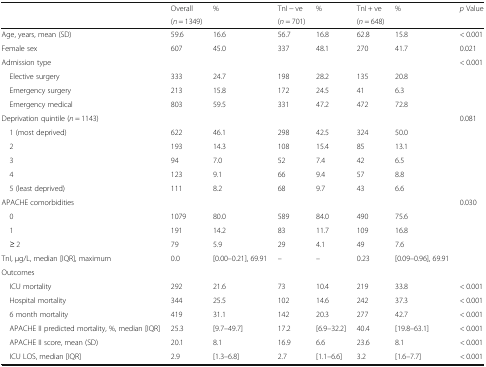
<table><thead><tr><td rowspan="2"></td><td><b>Overall</b></td><td><b>%</b></td><td><b>TnI − ve</b></td><td><b>%</b></td><td><b>TnI + ve</b></td><td><b>%</b></td><td rowspan="2"><b><i>p</i> Value</b></td></tr><tr><td><b>(<i>n</i> = 1349)</b></td><td></td><td><b>(<i>n</i> = 701)</b></td><td></td><td><b>(<i>n</i> = 648)</b></td><td></td></tr></thead><tbody><tr><td>Age, years, mean (SD)</td><td>59.6</td><td>16.6</td><td>56.7</td><td>16.8</td><td>62.8</td><td>15.8</td><td>&lt; 0.001</td></tr><tr><td>Female sex</td><td>607</td><td>45.0</td><td>337</td><td>48.1</td><td>270</td><td>41.7</td><td>0.021</td></tr><tr><td>Admission type</td><td></td><td></td><td></td><td></td><td></td><td></td><td>&lt; 0.001</td></tr><tr><td> Elective surgery</td><td>333</td><td>24.7</td><td>198</td><td>28.2</td><td>135</td><td>20.8</td><td rowspan="3"></td></tr><tr><td> Emergency surgery</td><td>213</td><td>15.8</td><td>172</td><td>24.5</td><td>41</td><td>6.3</td></tr><tr><td> Emergency medical</td><td>803</td><td>59.5</td><td>331</td><td>47.2</td><td>472</td><td>72.8</td></tr><tr><td>Deprivation quintile (<i>n</i> = 1143)</td><td></td><td></td><td></td><td></td><td></td><td></td><td>0.081</td></tr><tr><td> 1 (most deprived)</td><td>622</td><td>46.1</td><td>298</td><td>42.5</td><td>324</td><td>50.0</td><td rowspan="5"></td></tr><tr><td> 2</td><td>193</td><td>14.3</td><td>108</td><td>15.4</td><td>85</td><td>13.1</td></tr><tr><td> 3</td><td>94</td><td>7.0</td><td>52</td><td>7.4</td><td>42</td><td>6.5</td></tr><tr><td> 4</td><td>123</td><td>9.1</td><td>66</td><td>9.4</td><td>57</td><td>8.8</td></tr><tr><td> 5 (least deprived)</td><td>111</td><td>8.2</td><td>68</td><td>9.7</td><td>43</td><td>6.6</td></tr><tr><td>APACHE comorbidities</td><td></td><td></td><td></td><td></td><td></td><td></td><td>0.030</td></tr><tr><td> 0</td><td>1079</td><td>80.0</td><td>589</td><td>84.0</td><td>490</td><td>75.6</td><td rowspan="4"></td></tr><tr><td> 1</td><td>191</td><td>14.2</td><td>83</td><td>11.7</td><td>109</td><td>16.8</td></tr><tr><td> ≥ 2</td><td>79</td><td>5.9</td><td>29</td><td>4.1</td><td>49</td><td>7.6</td></tr><tr><td>TnI, μg/L, median [IQR], maximum</td><td>0.0</td><td>[0.00–0.21], 69.91</td><td>–</td><td>–</td><td>0.23</td><td>[0.09–0.96], 69.91</td></tr><tr><td colspan="8">Outcomes</td></tr><tr><td> ICU mortality</td><td>292</td><td>21.6</td><td>73</td><td>10.4</td><td>219</td><td>33.8</td><td>&lt; 0.001</td></tr><tr><td> Hospital mortality</td><td>344</td><td>25.5</td><td>102</td><td>14.6</td><td>242</td><td>37.3</td><td>&lt; 0.001</td></tr><tr><td> 6 month mortality</td><td>419</td><td>31.1</td><td>142</td><td>20.3</td><td>277</td><td>42.7</td><td>&lt; 0.001</td></tr><tr><td> APACHE II predicted mortality, %, median [IQR]</td><td>25.3</td><td>[9.7–49.7]</td><td>17.2</td><td>[6.9–32.2]</td><td>40.4</td><td>[19.8–63.1]</td><td>&lt; 0.001</td></tr><tr><td> APACHE II score, mean (SD)</td><td>20.1</td><td>8.1</td><td>16.9</td><td>6.6</td><td>23.6</td><td>8.1</td><td>&lt; 0.001</td></tr><tr><td> ICU LOS, median [IQR]</td><td>2.9</td><td>[1.3–6.8]</td><td>2.7</td><td>[1.1–6.6]</td><td>3.2</td><td>[1.6–7.7]</td><td>&lt; 0.001</td></tr></tbody></table>